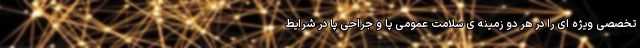
تخصصی ویژه ای را در هر دو زمینه ی سلامت عمومی پا و جراحی پا در شرایط